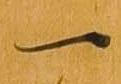
一